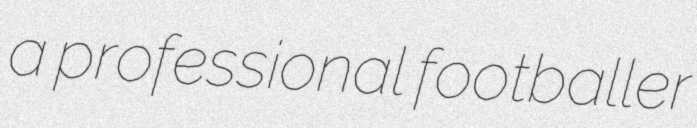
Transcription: a professional footballer